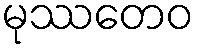
မုဿတေဝ